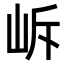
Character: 𡶜